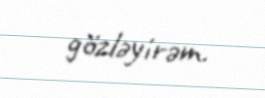
gözləyirəm.